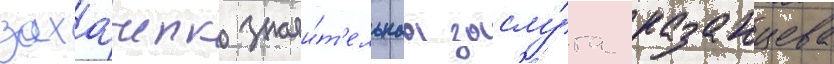
захарченко значи́т'ельнаа заслу́га казанцева